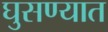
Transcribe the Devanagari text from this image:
घुसण्यात